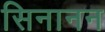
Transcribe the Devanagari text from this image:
सिनानन